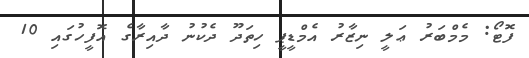
ފޮޓޯ: މެމްބަރު ޢަލީ ނިޒާރު އެމްޑީޕީ ހިތަދޫ ދެކުނު ދާއިރާގެ އޮފީހުގައި 10